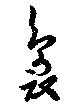
裊